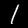
Label: 1